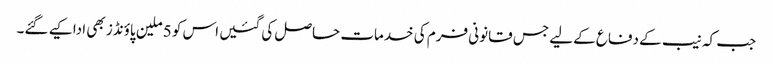
جب کہ نیب کے دفاع کے لیے جس قانونی فرم کی خدمات حاصل کی گئیں اس کو 5 ملین پاؤنڈز بھی ادا کیے گئے۔